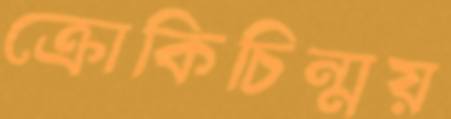
ক্রোকিচিন্ময়